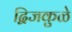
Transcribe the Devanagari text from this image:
द्विजकुळे